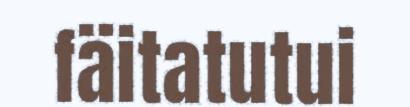
fäitatutui